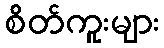
စိတ်ကူးများ